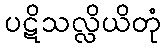
ပဋိသလ္လိယိတုံ